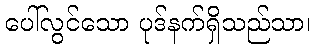
ပေါ်လွင်သော ပုဒ်နက်ရှိသည်သာ၊